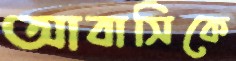
আবাসিকে